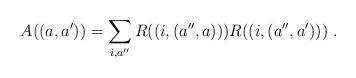
LaTeX: \begin{align*}A((a,a'))=\sum_{i,a''} R((i,(a'',a))) R((i,(a'',a')))\;.\end{align*}